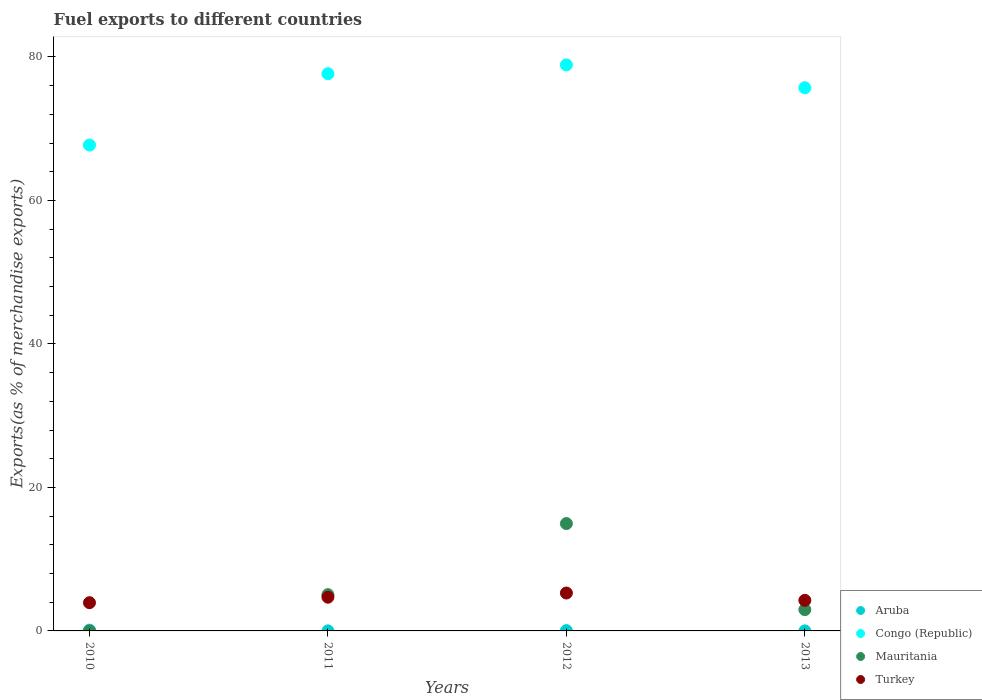
| Years | Aruba | Congo (Republic) | Mauritania | Turkey |
 | --- | --- | --- | --- | --- |
 | 2010 | 0.107 | 67.7 | 0.00165 | 3.93 |
 | 2011 | 0.00844 | 77.7 | 5.06 | 4.7 |
 | 2012 | 0.0459 | 78.9 | 15 | 5.28 |
 | 2013 | 0.00704 | 75.7 | 2.97 | 4.26 |